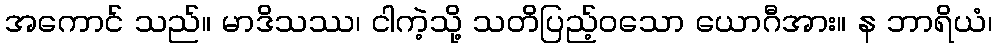
အကောင် သည်။ မာဒိသဿ၊ ငါကဲ့သို့ သတိပြည့်ဝသော ယောဂီအား။ န ဘာရိယံ၊